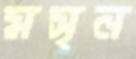
মসৃন